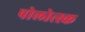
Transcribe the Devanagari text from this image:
पोलोत्स्क